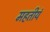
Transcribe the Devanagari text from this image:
महतीयं